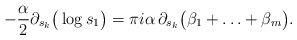
LaTeX: \begin{align*}- \frac{\alpha}{2} \partial_{s_{k}} \big(\log s_{1} \big) = \pi i \alpha \, \partial_{s_{k}} \big( \beta_{1} + \ldots + \beta_{m} \big).\end{align*}